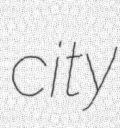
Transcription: city